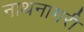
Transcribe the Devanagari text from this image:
नाथनागरी